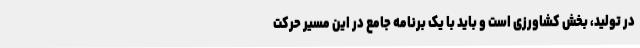
در تولید، بخش کشاورزی است و باید با یک برنامه جامع در این مسیر حرکت